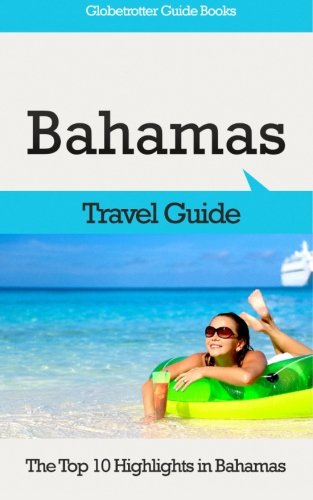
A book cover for Bahamas Travel Guide: The Top 10 Highlights in Bahamas (Globetrotter Guide Books); Marc Cook; Travel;